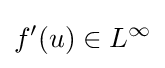
f'(u)\in L^{\infty }